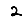
Digit: 2